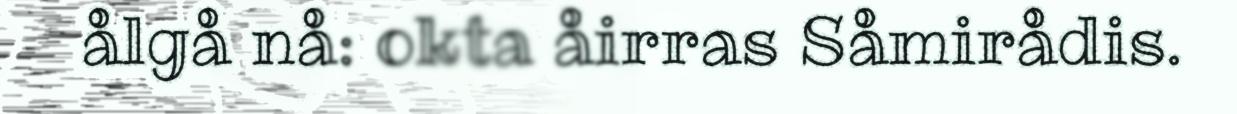
ålgå nå: okta åirras Såmirådis.